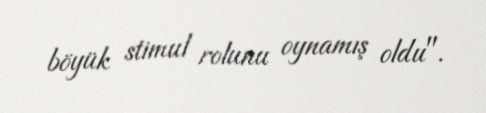
böyük stimul rolunu oynamış oldu".